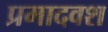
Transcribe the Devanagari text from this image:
प्रमादवश